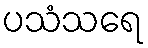
ပသံသရေ